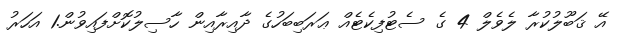
އޭ ޤަބޫލުކުރާ ލެވެލް 4 ގެ ސެޓުފިކެޓެއް ޢަރަބިބަހުގެ ދާއިރާއިން ހާސިލުކޮށްފައިވުން.1 އަހަރު